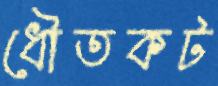
ধৌতকট